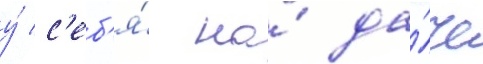
у́ с'еб'я́ на́ да́че